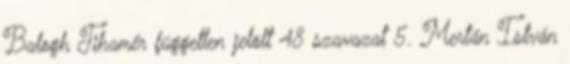
Balogh Tihamér független jelölt 48 szavazat 5. Mertán István